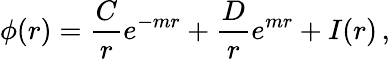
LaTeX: \phi(r)=\frac Cre^{-mr}+\frac Dre^{mr}+I(r)\, ,